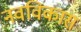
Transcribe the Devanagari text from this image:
नवविकास